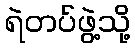
ရဲတပ်ဖွဲ့သို့